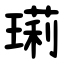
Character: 㻳